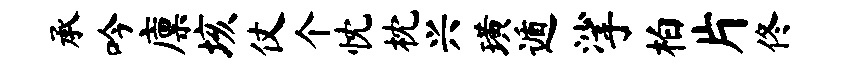
承吟廪垓仗个忱枕兴璜遁挲柏片佟